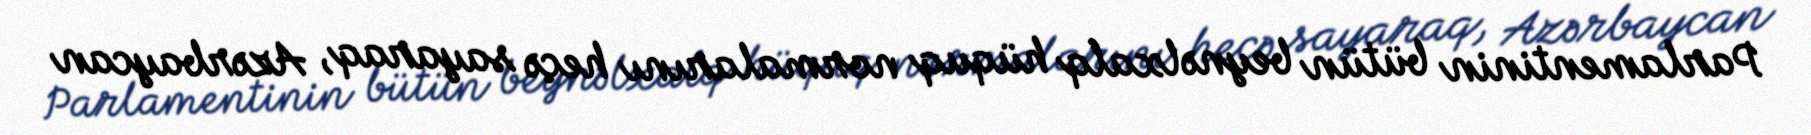
Parlamentinin bütün beynəlxalq hüquq normalarını heçə sayaraq, Azərbaycan